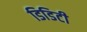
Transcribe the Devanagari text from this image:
डिडिटी